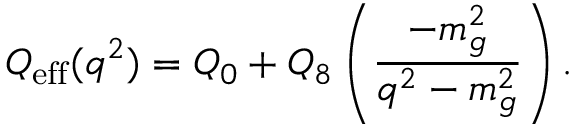
Q _ { \mathrm { e f f } } ( q ^ { 2 } ) = Q _ { 0 } + Q _ { 8 } \left( \frac { - m _ { g } ^ { 2 } } { q ^ { 2 } - m _ { g } ^ { 2 } } \right) .